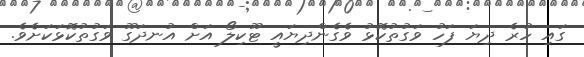
ގައި ހުރެ ދިޔަ ފަހު ވަގުތުކޮޅު ވެގެންދިޔައީ ޓޫކިލޯ އަށް އުނދަގޫ ވަގުތުކޮޅަކަށެވެ.